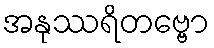
အနုဿရိတဗ္ဗော